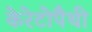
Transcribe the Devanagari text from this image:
केरेटोपैथी